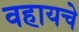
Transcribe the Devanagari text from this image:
वहायचे